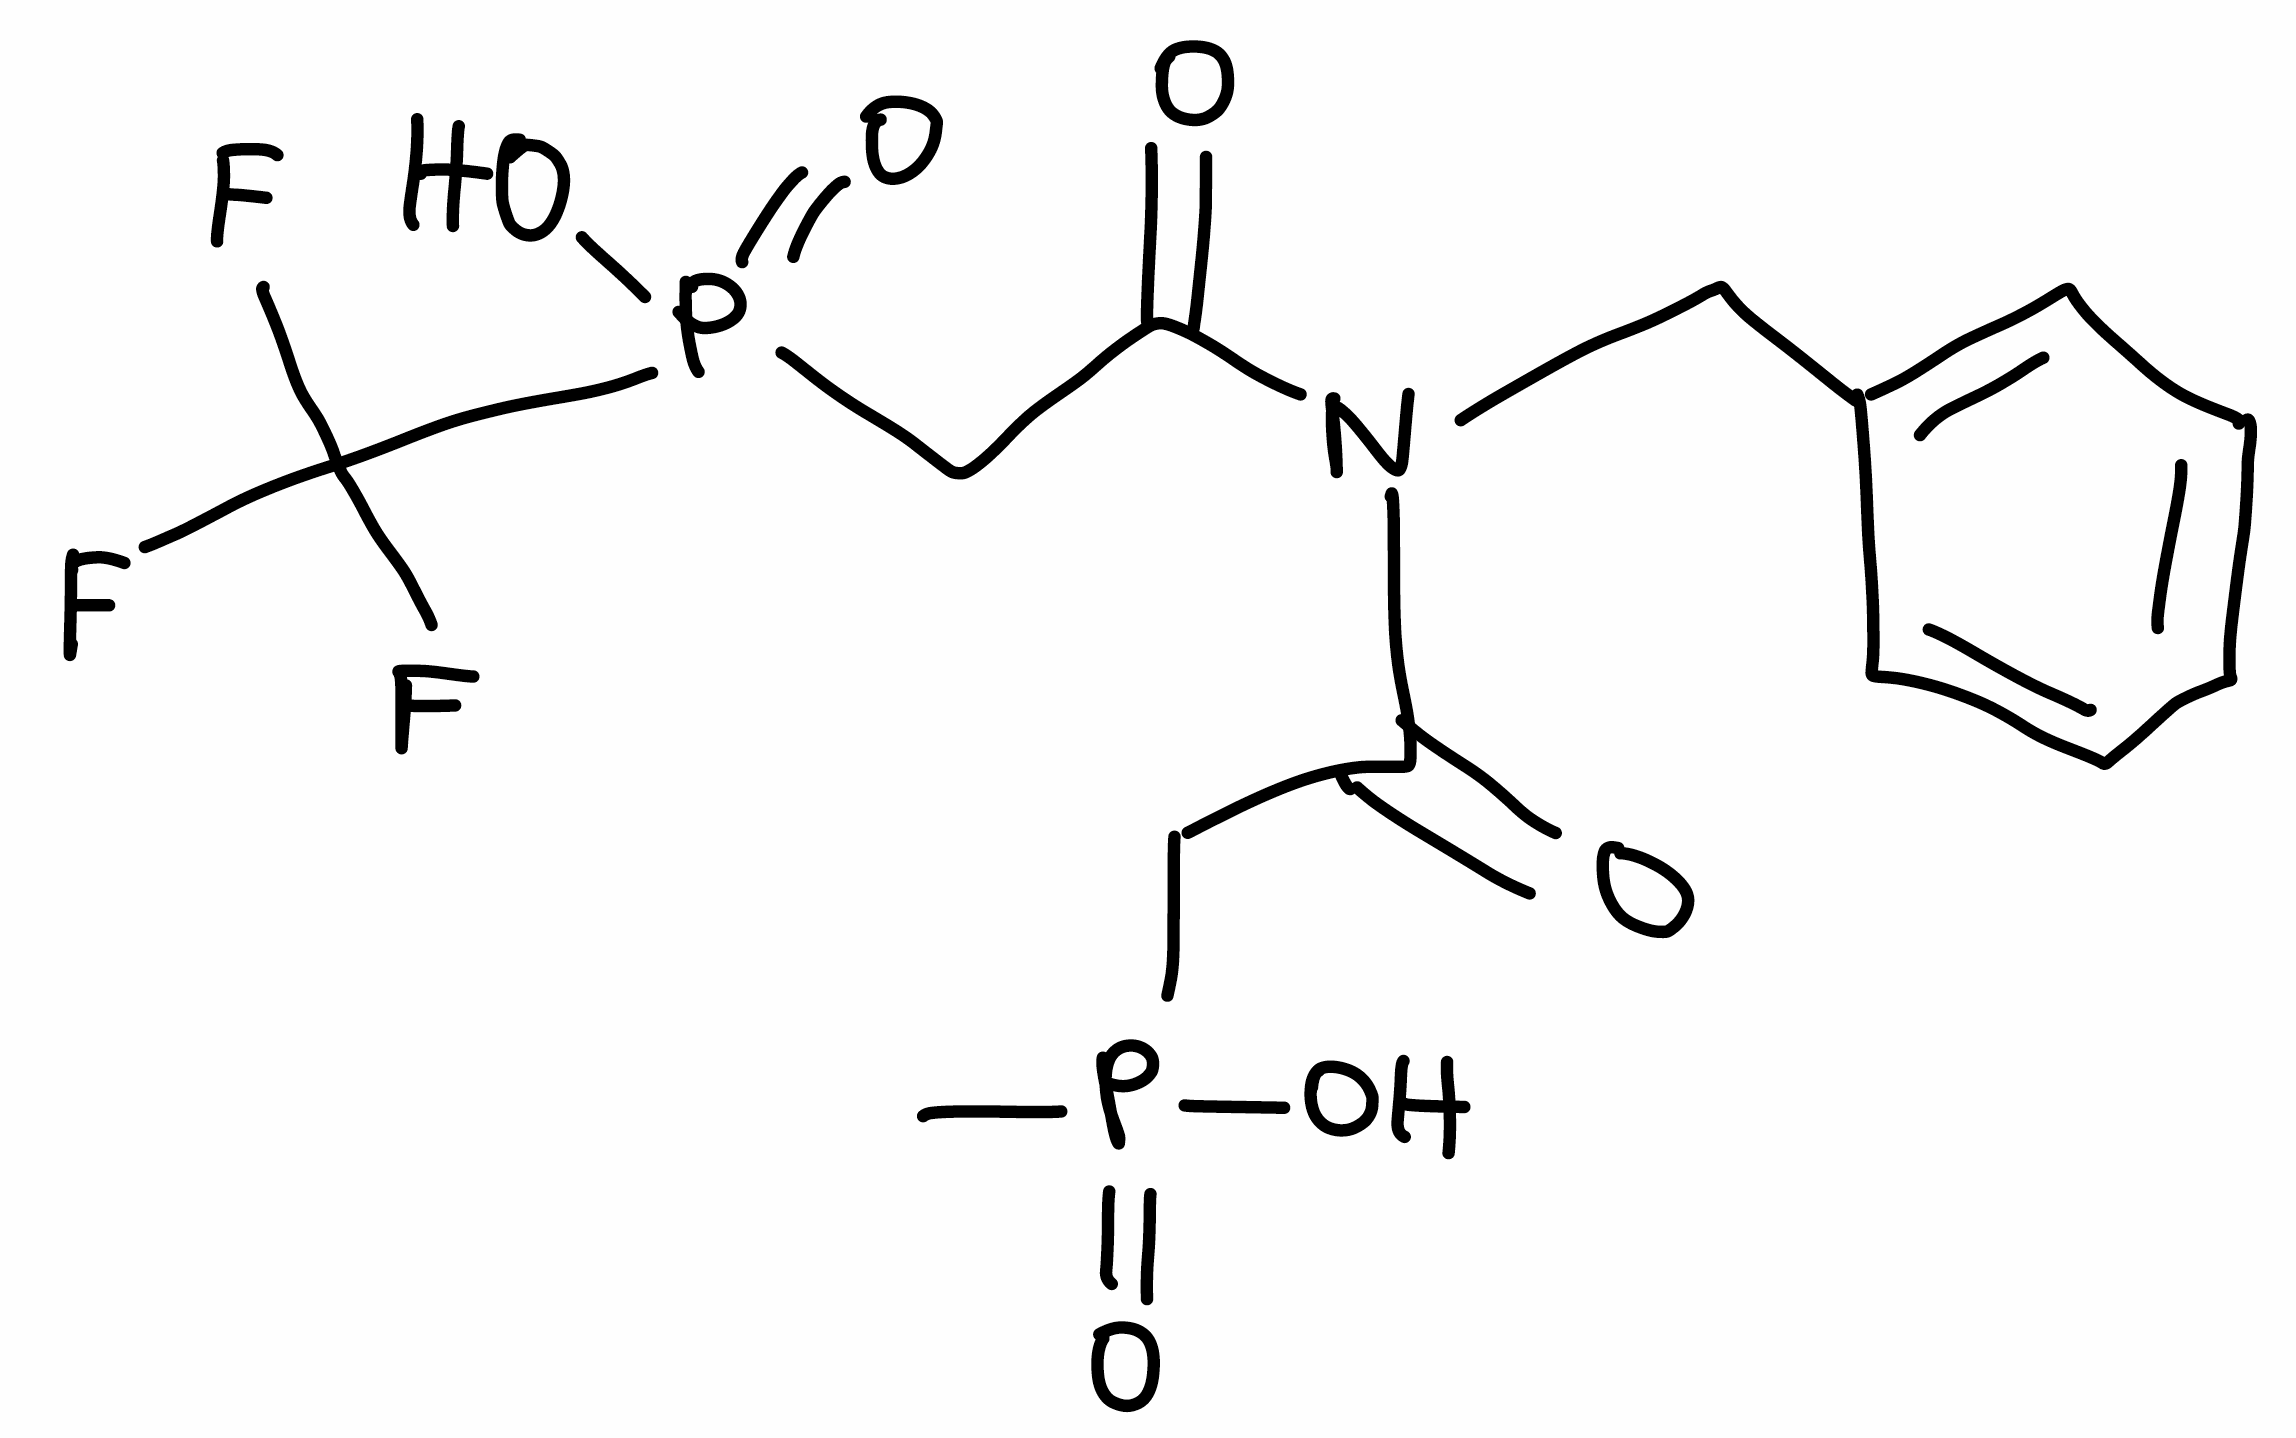
Simplified molecular-input line-entry system (SMILES) notation of the given molecule:
CP(=O)(CC(=O)N(CC1=CC=CC=C1)C(=O)CP(=O)(C(F)(F)F)O)O